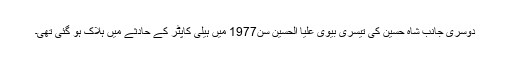
دوسری جانب شاہ حسین کی تیسری بیوی علیا الحسین سن1977 میں ہیلی کاپٹر کے حادثے میں ہلاک ہو گئی تھی۔